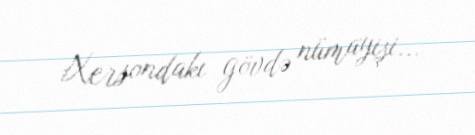
Xersondakı gövdə nümayişi...